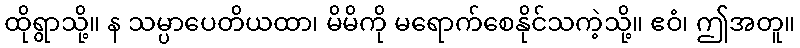
ထိုရွာသို့။ န သမ္ပာပေတိယထာ၊ မိမိကို မရောက်စေနိုင်သကဲ့သို့။ ဧဝံ၊ ဤအတူ။